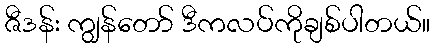
ဇီဒန်း ကျွန်တော် ဒီကလပ်ကိုချစ်ပါတယ်။